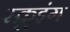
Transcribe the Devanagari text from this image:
स्क्रूइंग